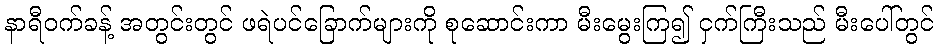
နာရီဝက်ခန့် အတွင်းတွင် ဖရဲပင်ခြောက်များကို စုဆောင်းကာ မီးမွေးကြ၍ ငှက်ကြီးသည် မီးပေါ်တွင်